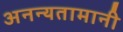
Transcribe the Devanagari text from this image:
अनन्यतामानी